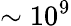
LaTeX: \sim 10^{9}